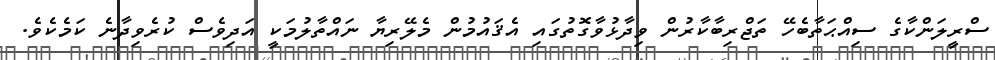
ސްރީލަންކާގެ ސިއްޙަތާބެހޭ ތަޖްރިބާކާރުން ވިދާޅުވާގޮތުގައި އެޤައުމުން މެލޭރިޔާ ނައްތާލުމަކީ އަދިވެސް ކުރެވިދާނެ ކަމެކެވެ.